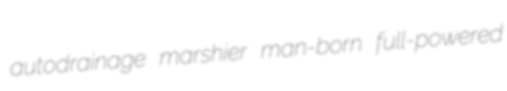
autodrainage marshier man-born full-powered